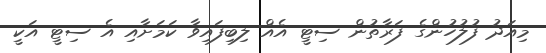
މިއަދު ފުލުހުންގެ ފަރާތުން ސިޓީ އެއް ލިބިފައިވާ ކަމަށާއި އެ ސިޓީ އަކީ